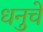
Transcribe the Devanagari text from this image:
धनुचे